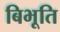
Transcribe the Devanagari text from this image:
बिभूति